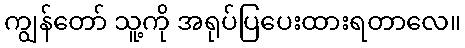
ကျွန်တော် သူ့ကို အရုပ်ပြပေးထားရတာလေ။